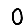
Digit: 0